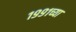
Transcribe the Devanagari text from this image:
१९९१च्या